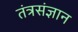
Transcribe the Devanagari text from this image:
तंत्रसंज्ञान